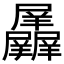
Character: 𱛃